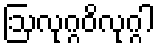
ဩလုဂ္ဂဝိလုဂ္ဂါ